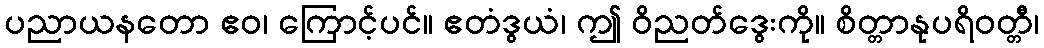
ပညာယနတော ဧဝ၊ ကြောင့်ပင်။ ဧတံဒွယံ၊ ဤ ဝိညတ်ဒွေးကို။ စိတ္တာနုပရိဝတ္တီ၊